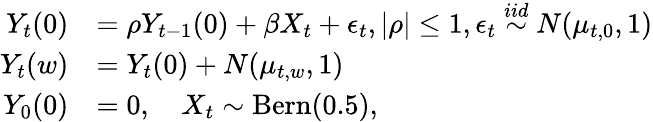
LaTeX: \begin{array}{rl}{Y_{t}(0)}&{=\rho Y_{t-1}(0)+\beta X_{t}+\epsilon_{t},|\rho|\leq 1,\epsilon_{t}\overset{iid}{\sim}N(\mu_{t,0},1)}\\ {Y_{t}(w)}&{=Y_{t}(0)+N(\mu_{t,w},1)}\\ {Y_{0}(0)}&{=0,\quad X_{t}\sim\mathrm{Bern}(0.5),}\end{array}